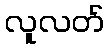
လူလတ်